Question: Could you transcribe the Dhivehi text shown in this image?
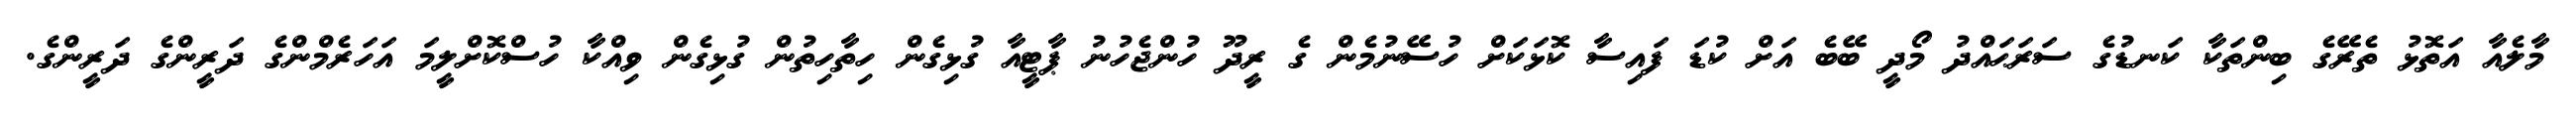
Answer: މާލެއާ އަތޮޅު ތެރޭގެ ބިންތަކާ ކަނޑުގެ ސަރަޙައްދު މޯދީ ބޭބެ އަށް ކުޑަ ފައިސާ ކޮޅަކަށް ހުސޭނުމެން ގެ ރީދޫ ހުންޖެހުނު ޕާޓީއާ ގުޅިގެން ހިތާހިތުން ގުޅިގެން ވިއްކާ ހުސްކޮށްލީމަ އަހަރެމްންގެ ދަރީންގެ ދަރީންގެ.